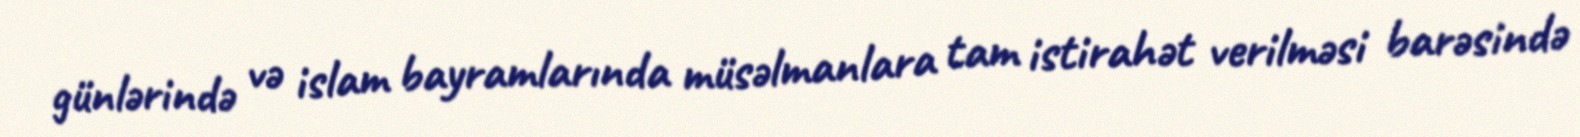
günlərində və islam bayramlarında müsəlmanlara tam istirahət verilməsi barəsində